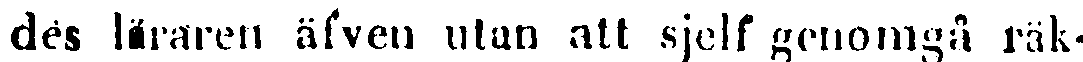
des läraren äfven utan att sjelf genomgå räk-